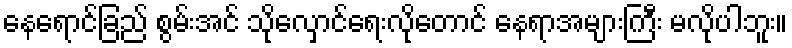
နေရောင်ခြည် စွမ်းအင် သိုလှောင်ရေးလိုတောင် နေရာအများကြီး မလိုပါဘူး။